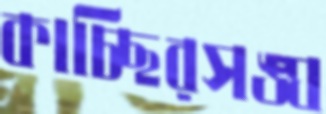
কাচ্ছিরসঙ্ঘ